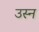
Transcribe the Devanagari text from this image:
उस्न